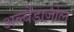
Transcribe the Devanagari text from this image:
अल्बेंडाज़ोल